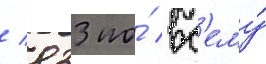
/ 833 по́ вс'ему́